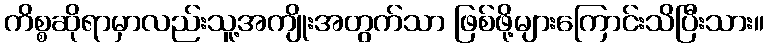
ကိစ္စဆိုရာမှာလည်းသူ့အကျိုးအတွက်သာ ဖြစ်ဖို့များကြောင်းသိပြီးသား။